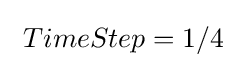
\ TimeStep=1/4